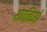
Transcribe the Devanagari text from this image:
थपकियों